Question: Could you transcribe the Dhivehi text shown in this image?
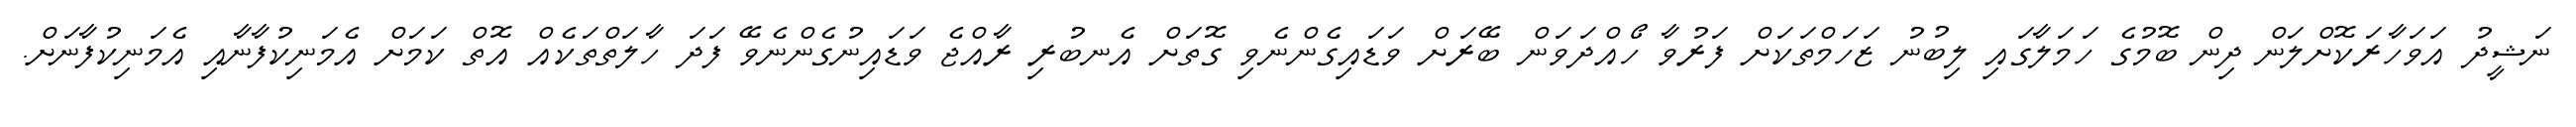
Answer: ނަޝީދު އަވަހާރަކޮށްލަން ދިން ބޮމުގެ ހަމަލާގައި ލިބުނު ޒަހަމްތަކަށް ފަރުވާ ހޯއްދަވަން ބޭރަށް ވަޑައިގެންނެވި ގޮތަށް އެނބުރި ރާއްޖެ ވަޑައިނުގެންނެވޭ ފަދަ ހާލަތްތަކެއް އޮތް ކަމަށް އެމަނިކުފާނާއި އެމަނިކުފާނަށް.